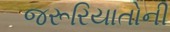
જરૂરિયાતોની